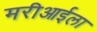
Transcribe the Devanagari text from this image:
मरीआईला